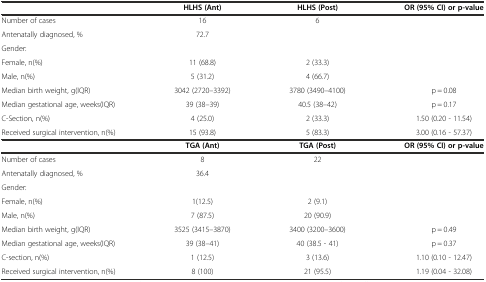
<table><thead><tr><td></td><td><b>HLHS (Ant)</b></td><td><b>HLHS (Post)</b></td><td><b>OR (95% CI) or p-value</b></td></tr></thead><tbody><tr><td>Number of cases</td><td>16</td><td>6</td><td></td></tr><tr><td>Antenatally diagnosed, %</td><td>72.7</td><td></td><td></td></tr><tr><td>Gender:</td><td></td><td></td><td></td></tr><tr><td>Female, n(%)</td><td>11 (68.8)</td><td>2 (33.3)</td><td></td></tr><tr><td>Male, n(%)</td><td>5 (31.2)</td><td>4 (66.7)</td><td></td></tr><tr><td>Median birth weight, g(IQR)</td><td>3042 (2720–3392)</td><td>3780 (3490–4100)</td><td>p = 0.08</td></tr><tr><td>Median gestational age, weeks(IQR)</td><td>39 (38–39)</td><td>40.5 (38–42)</td><td>p = 0.17</td></tr><tr><td>C-Section, n(%)</td><td>4 (25.0)</td><td>2 (33.3)</td><td>1.50 (0.20 - 11.54)</td></tr><tr><td>Received surgical intervention, n(%)</td><td>15 (93.8)</td><td>5 (83.3)</td><td>3.00 (0.16 - 57.37)</td></tr><tr><td></td><td><b>TGA (Ant)</b></td><td><b>TGA (Post)</b></td><td><b>OR (95% CI) or p-value</b></td></tr><tr><td>Number of cases</td><td>8</td><td>22</td><td></td></tr><tr><td>Antenatally diagnosed, %</td><td>36.4</td><td></td><td></td></tr><tr><td>Gender:</td><td></td><td></td><td></td></tr><tr><td>Female, n(%)</td><td>1(12.5)</td><td>2 (9.1)</td><td></td></tr><tr><td>Male, n(%)</td><td>7 (87.5)</td><td>20 (90.9)</td><td></td></tr><tr><td>Median birth weight, g(IQR)</td><td>3525 (3415–3870)</td><td>3400 (3200–3600)</td><td>p = 0.49</td></tr><tr><td>Median gestational age, weeks(IQR)</td><td>39 (38–41)</td><td>40 (38.5 - 41)</td><td>p = 0.37</td></tr><tr><td>C-section, n(%)</td><td>1 (12.5)</td><td>3 (13.6)</td><td>1.10 (0.10 - 12.47)</td></tr><tr><td>Received surgical intervention, n(%)</td><td>8 (100)</td><td>21 (95.5)</td><td>1.19 (0.04 - 32.08)</td></tr></tbody></table>